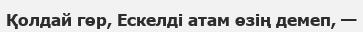
Қолдай гөр, Ескелді атам өзің демеп, —